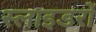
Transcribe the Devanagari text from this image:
स्लाइडरों